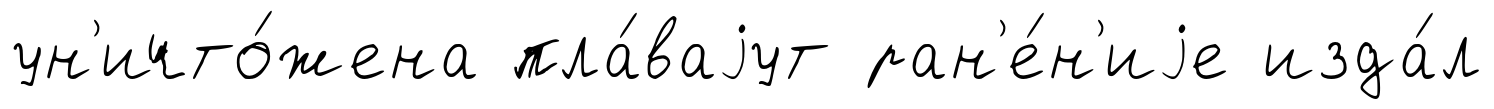
ун'ичто́жена пла́ваjут ран'е́н'иjе изда́л